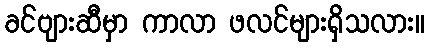
ခင်ဗျားဆီမှာ ကာလာ ဖလင်များရှိသလား။